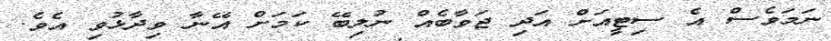
ނަމަވެސް އެ ސިޓީއަށް އަދި ޖަވާބެއް ނުލިބޭ ކަމަށް އޭނާ ވިދާޅުވި އެވެ.